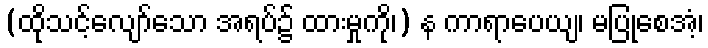
(ထိုသင့်လျော်သော အရပ်၌ ထားမှုကို၊) န ကာရာပေယျ၊ မပြုစေအံ့၊